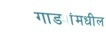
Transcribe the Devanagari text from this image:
गाड्यांमधील